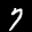
Label: 7